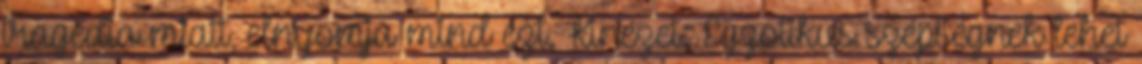
tragédia miatt, elnyomja mind ezt. Kinézet: Egzotikus szépségnek lehet